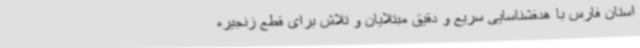
استان فارس با هدفشناسایی سریع و دقیق مبتلایان و تلاش برای قطع زنجیره